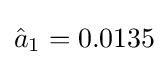
{\hat {a}}_{1}=0.0135